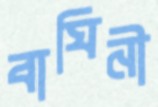
বাঘিনী